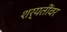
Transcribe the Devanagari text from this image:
शर्यतींवर